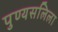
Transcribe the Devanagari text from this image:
पुण्यसलिला